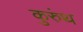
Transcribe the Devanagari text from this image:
कुरुंथ